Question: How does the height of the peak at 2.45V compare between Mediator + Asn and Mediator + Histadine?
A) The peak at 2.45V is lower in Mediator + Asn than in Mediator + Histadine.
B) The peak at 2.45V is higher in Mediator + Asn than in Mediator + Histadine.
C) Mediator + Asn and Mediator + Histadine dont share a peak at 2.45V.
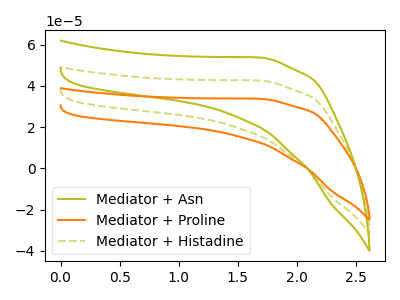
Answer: <think>The olive curve "Mediator + Asn" has no peaks. The orange curve "Mediator + Proline" has no peaks. The olive dashed curve "Mediator + Histadine" has no peaks.</think>
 <answer>C) "Mediator + Asn" and "Mediator + Histadine" dont share a peak at 2.45V.</answer>
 <eval>C</eval>